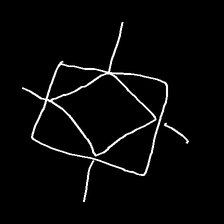
Glyph: light